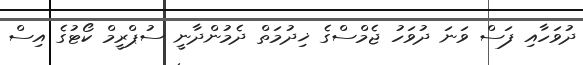
ދުވަހާއި ފަސް ވަނަ ދުވަހު ޖެމްސްގެ ޚިދުމަތް ދެމުންދާނީ ސުޕްރީމް ކޯޓުގެ އިސް